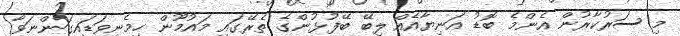
މި ސަރުކާރުން އެންމެ ބޮޑު އަނިޔާއެއް ލިބޭ ބޭފުޅުންގެ ތެރޭގައި މައުމޫން ހިމެނިވަޑައިގަންނަވާ